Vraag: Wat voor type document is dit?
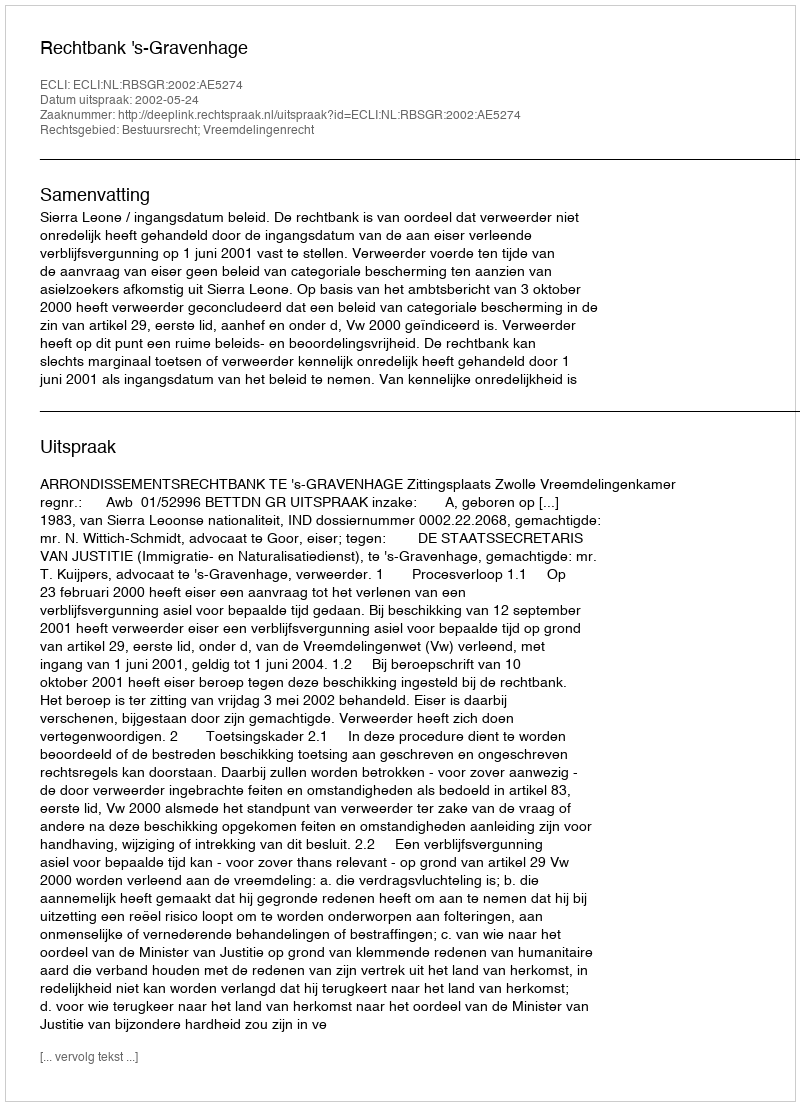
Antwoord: Uitspraak